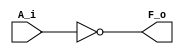
module not_gate(
    input   A_i,
    output  F_o
);

    assign  F_o = ~A_i;

endmodule